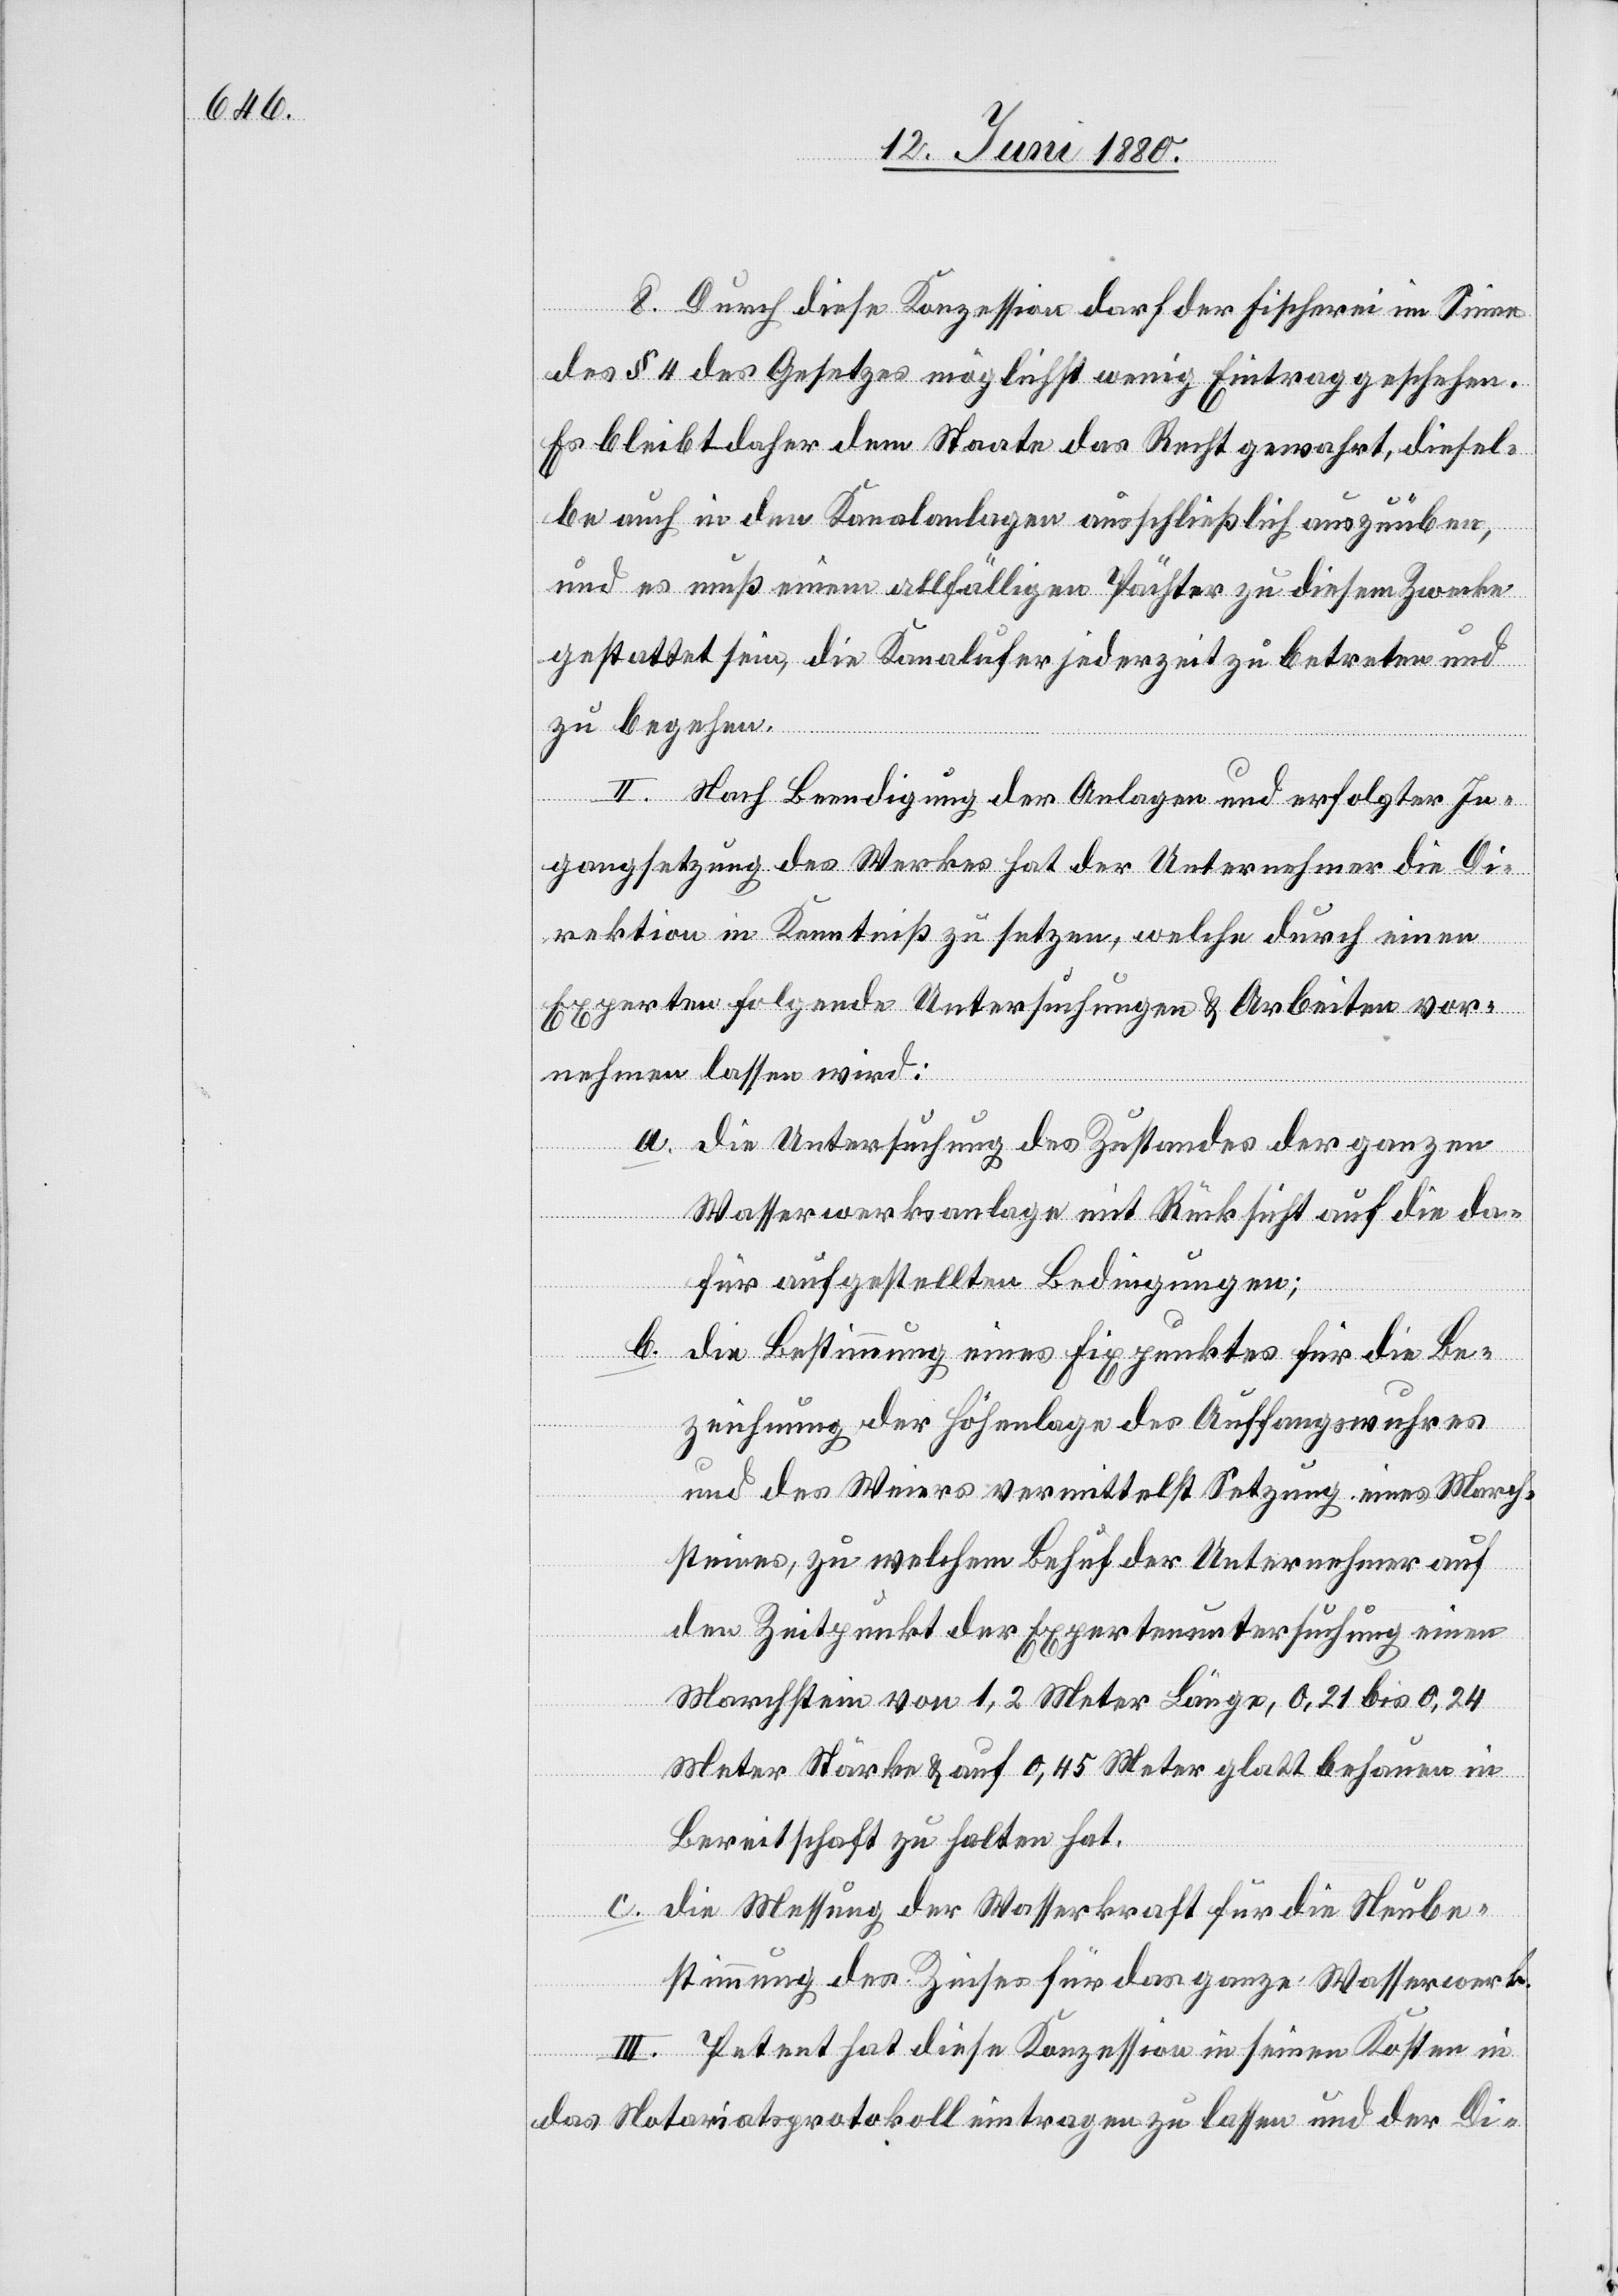
8. Durch diese Konzession darf der Fischerei im Sinne
des § 4 des Gesetzes möglichst wenig Eintrag geschehen.
Es bleibt daher dem Staate das Recht gewahrt, diesel¬
be auch in den Kanalanlagen ausschließlich auszuüben
und es muß einem allfälligen Pächter zu diesem Zwecke
gestattet sein, die Kanalufer jederzeit zu betreten und
zu begehen.
II. Nach Beendigung der Anlagen und erfolgter In¬
gangsetzung des Werkes hat der Unternehmer die Di¬
rektion in Kenntniß zu setzen, welche durch einen
Experten folgende Untersuchungen & Arbeiten vor¬
nehmen lassen wird:
a. Die Untersuchung des Zustandes der ganzen
Wasserwerksanlage mit Rücksicht auf die da¬
für aufgestellten Bedingungen;
b. Die Bestimmung eines Fixpunktes für die Be¬
zeichnung der Höhenlage des Auffangswuhres
und des Weiers vermittelst Setzung eines March¬
steines, zu welchem Behuf der Unternehmer auf
den Zeitpunkt der Expertenuntersuchung einen
Marchstein von 1,2 Meter Länge, 0,21 bis 0,24
Meter Stärke & auf 0,45 Meter glatt behauen in
Bereitschaft zu halten hat.
c. die Messung der Wasserkraft für die Neube¬
stimmung des Zinses für das ganze Wasserwerk.
III. Petent hat diese Konzession in seinen Kosten in
das Notariatsprotokoll eintragen zu lassen und der Di-